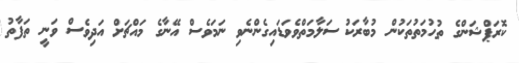
ކޮރަޕްޝަންގެ ތުހުމަތުތަކުން މުބާރަކު ސަލާމަތްވެވަޑައިގެންނެވި ނަމަވެސް އޭނާގެ މައްޗަށް އަދިވެސް ވަނީ ތަފާތު